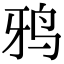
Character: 鸦